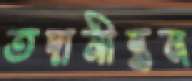
তদানীন্তন